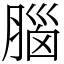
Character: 腦